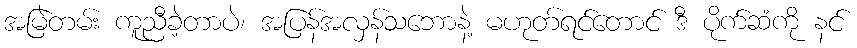
အမြဲတမ်း ကူညီခဲ့တာပဲ၊ အပြန်အလှန်သဘောနဲ့ မဟုတ်ရင်တောင် ဒီ ပိုက်ဆံကို နင်